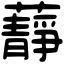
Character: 𧂮